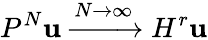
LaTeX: P^{N}\mathbf{u}\xrightarrow{{N\rightarrow\infty}}{{H^{r}}}\mathbf{u}